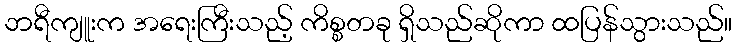
ဘရီကျူးက အရေးကြီးသည့် ကိစ္စတခု ရှိသည်ဆိုကာ ထပြန်သွားသည်။